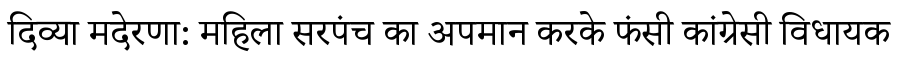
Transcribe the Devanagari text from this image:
दिव्या मदेरणा: महिला सरपंच का अपमान करके फंसी कांग्रेसी विधायक